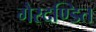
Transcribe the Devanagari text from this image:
गैरदण्डित